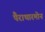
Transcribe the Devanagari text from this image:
पैराथारमोन